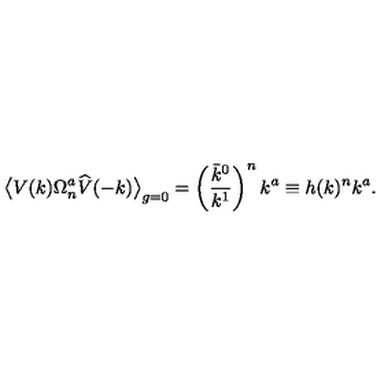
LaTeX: \big \langle V ( k ) \Omega _ { n } ^ { a } \widehat { V } ( - k ) \big \rangle _ { g = 0 } = \left( \frac { \bar { k } ^ { 0 } } { k ^ { 1 } } \right) ^ { n } k ^ { a } \equiv h ( k ) ^ { n } k ^ { a } .